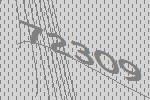
72309